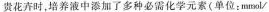
贵花卉时，培养液中添加了多种必需化学元素(单位：mmol/